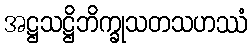
အဋ္ဌသဋ္ဌိဘိက္ခုသတသဟဿံ